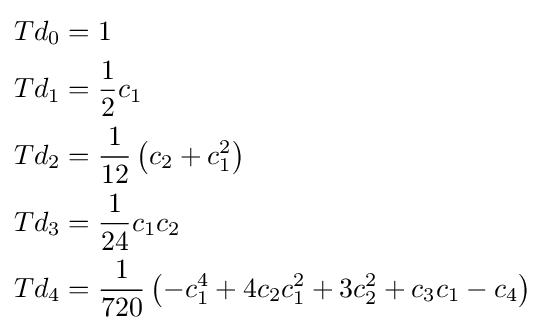
{\begin{aligned}Td_{0}&=1\\Td_{1}&={\frac {1}{2}}c_{1}\\Td_{2}&={\frac {1}{12}}\left(c_{2}+c_{1}^{2}\right)\\Td_{3}&={\frac {1}{24}}c_{1}c_{2}\\Td_{4}&={\frac {1}{720}}\left(-c_{1}^{4}+4c_{2}c_{1}^{2}+3c_{2}^{2}+c_{3}c_{1}-c_{4}\right)\end{aligned}}